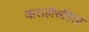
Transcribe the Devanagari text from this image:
वाराहीसंहिता